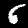
Digit: 6